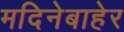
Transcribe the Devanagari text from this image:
मदिनेबाहेर